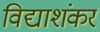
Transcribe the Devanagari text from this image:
विद्याशंकर